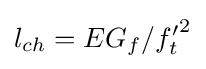
l_{ch}=EG_{f}/{f'_{t}}^{2}